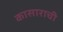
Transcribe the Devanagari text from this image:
कासाराची